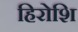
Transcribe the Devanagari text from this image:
हिरोशि